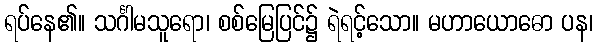
ရပ်နေ၏။ သင်္ဂါမသူရော၊ စစ်မြေပြင်၌ ရဲရင့်သော။ မဟာယောဓော ပန၊